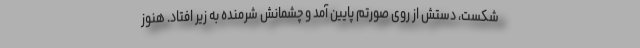
شکست، دستش از روی صورتم پایین آمد و چشمانش شرمنده به زیر افتاد. هنوز